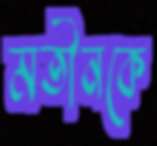
মতীনকে